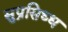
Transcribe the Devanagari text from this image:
सुप्रसिध्‍ध